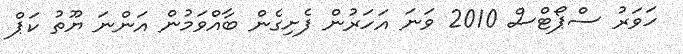
ހަވަރު ސްޕޯޓްސް 2010 ވަނަ އަހަރުން ފެށިގެން ބާއްވަމުން އަންނަ ޔޫތު ކަޕް